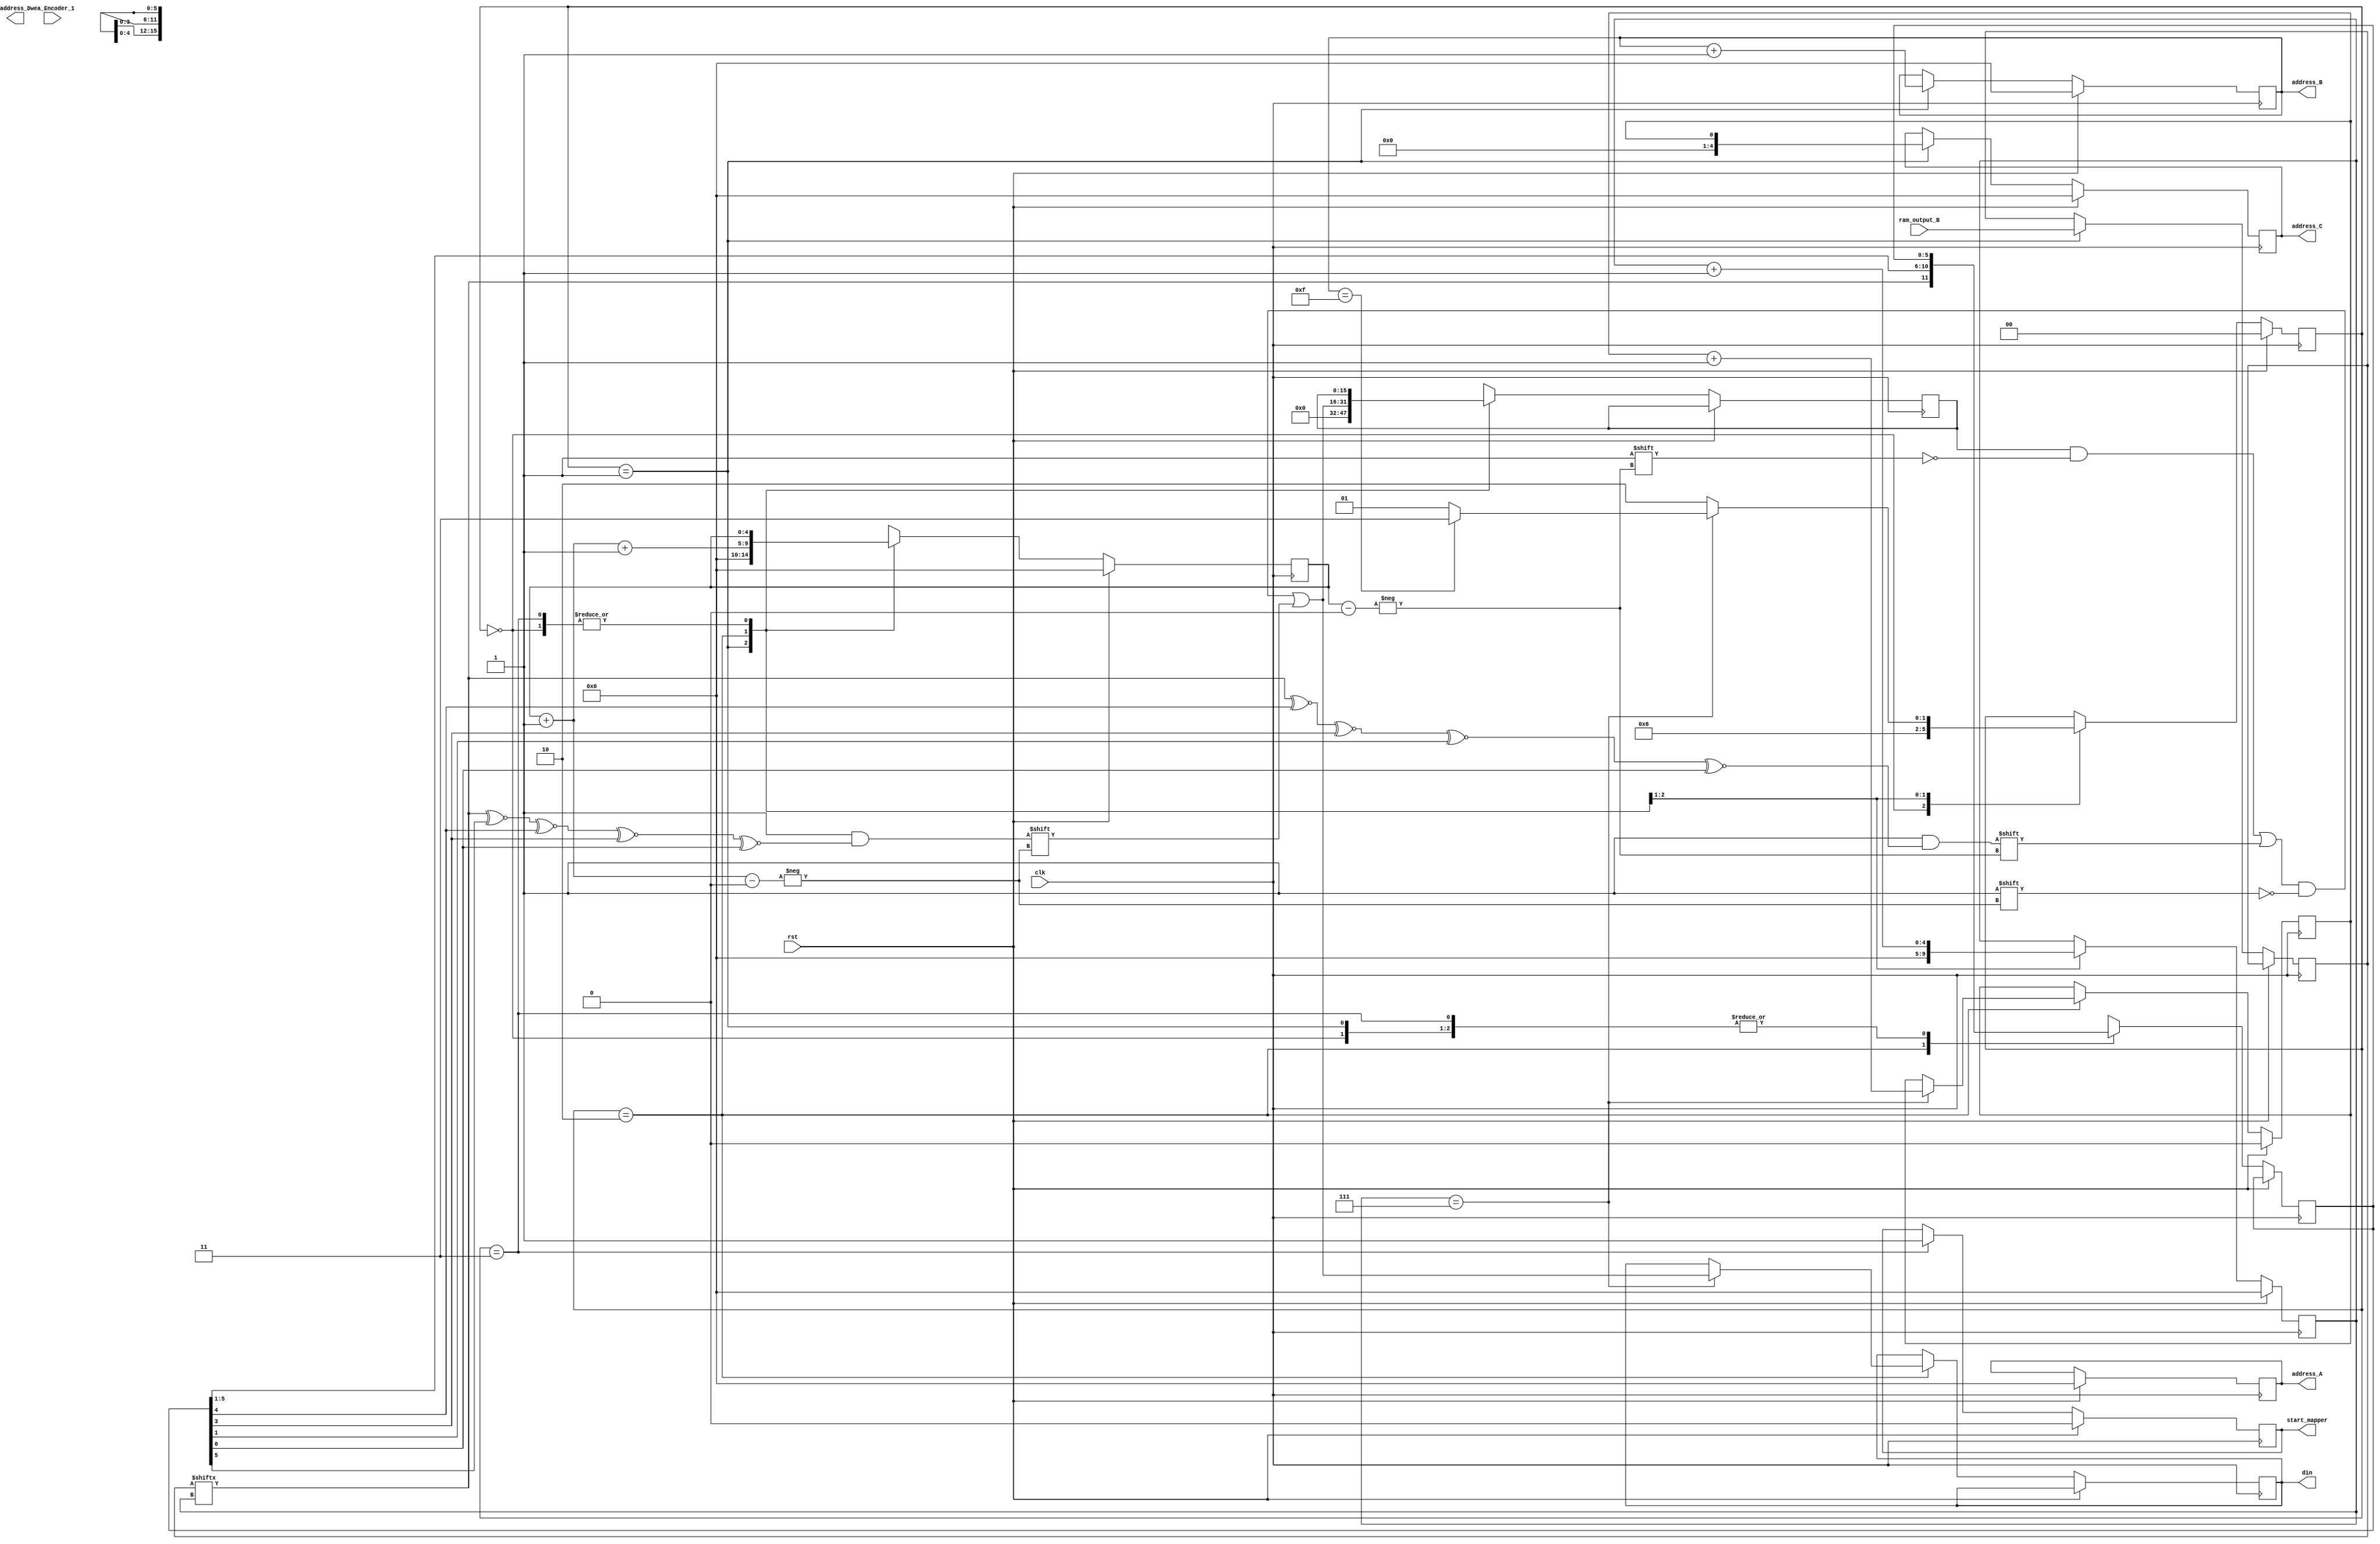
module ENCODER 
(
input wire clk,rst,
//input [3:0] modulation_type,
output wire [15:0] din,
output reg start_mapper,
output reg [4:0] address_A,address_B,address_C,address_D,
input wire [7:0] ram_output_B,
input wire wea_Encoder_1
//output reg [15:0] ram_output
//output  wire[31:0] IQ
//output wire done,done_mapper
);
reg wea_Encoder;
assign wea_Encoder_1=wea_Encoder;
//wire [4:0] address_D;
reg [3:0] modulation_type;


localparam [1:0] Idle=2'b00 , Fetch=2'b01, Encoding=2'b10, Done_encoding=2'b11;  
//encoder registers
reg start=1;
reg [1:0] state0=0;
reg [7:0] input_bits;
reg done,done_mapper;
//reg [15:0] encoded_bits;
reg [15:0] RAM_in,encoded_bits;
reg address=0;
//reg [4:0] address_A,address_B=0,address_C=0,address=0;
reg [5:0] shift_reg=0;
reg [4:0] N=0,M=0;
//wire [7:0] ram_output_B;
reg encoder_ready;

assign din= RAM_in;

/*Mapper Mapper_instant(
.clk(clk),
 .rst(rst),
.modulation_type(modulation_type),
.ram_output(ram_output),
.address_D(address_D),
.start_mapper(start_mapper),
.done(done),
.done_mapper(done_mapper),
.IQ(IQ)
);*/


/*Received_Bits your_RAM0 (
  .clka(clk), // input clka
  .wea(wea), // input [0 : 0] wea
  .addra(address_A), // input [3 : 0] addra
  .dina(dina), // input [7 : 0] dina
  .clkb(clk), // input clkb
  .addrb(address_B), // input [3 : 0] addrb
  .doutb(ram_output_B) // output [7 : 0] doutb
);

Encoded_Bits your_RAM1 (
  .clka(clk), // input clka
   .wea(wea_Encoder), // input [0 : 0] wea
  .addra(address_C), // input [3 : 0] addra
  .dina(RAM_in), // input [15 : 0] dina
  .clkb(clk), // input clkb
  .addrb(address_D), // input [3 : 0] addrb
  .doutb(ram_output) // output [15 : 0] doutb
);
*/


always @(posedge clk)
begin
	if(rst==1)
		begin
			N<=0;
			M=0;
			address_A<=0;
			address_B<=0;
			address_C<=0;
			address<=0;
			start_mapper<=0;
			encoder_ready<=0;
			wea_Encoder<=0;
			state0<=Idle;
		end
	else

case(state0)

Idle: //idle
	begin
		if (start==1)
			begin
				state0<=Fetch;
				wea_Encoder<=1;
			end
		else 
			state0<=Idle;
	end


Fetch: //fetch
	begin
		input_bits<=ram_output_B;
		address_B<=address_B+1;
		address_C<=address;
		N<=0;
		M=0;
		encoded_bits=0;
		state0<=Encoding;
	end


Encoding: //Encoding
	begin
		encoded_bits[M]= ((((input_bits[N]~^shift_reg[4])~^(shift_reg[3]))~^(shift_reg[1]))~^(shift_reg[0]));
		M=M+1;
		encoded_bits[M]= ((((input_bits[N]~^shift_reg[5])~^(shift_reg[4]))~^(shift_reg[3]))~^(shift_reg[0]));
		shift_reg={input_bits[N],shift_reg[5:1]};
		M=M+1;
		N<=N+1;
		
		if(N==7)
			begin
				RAM_in<=encoded_bits;
				address<=address+1;
				if(address_B==15)
					begin
					state0<=Done_encoding;
					end 
					else
						begin
							state0<=Fetch;
						end
			end
			else
				begin
					state0<=Encoding;
				end
end


Done_encoding:
	begin
		wea_Encoder<=0;
		start_mapper<=1;
		encoder_ready<=1;
	end
endcase
end
endmodule